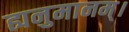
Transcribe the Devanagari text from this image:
ह्यनुमानम्।